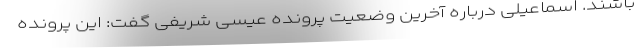
باشند. اسماعیلی درباره آخرین وضعیت پرونده عیسی شریفی گفت: این پرونده